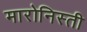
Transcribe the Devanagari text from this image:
मारोनिस्ती